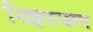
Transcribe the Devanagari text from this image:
रिक्वायल